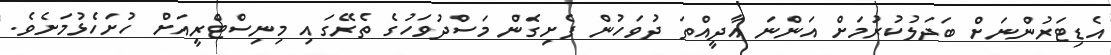
އެޑިޓަރުންނަށް ބަދަލުކުރުމަށް އަންނަ އާދީއްތަ ދުވަހުން ފެށިގެން މަސްދުވަހުގެ ތެރޭގައި މިނިސްޓްރީއަށް ހުށަހެޅުމަށެވެ.